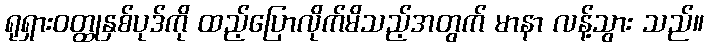
ရုရှားဝတ္ထုနှစ်ပုဒ်ကို ထည့်ပြောလိုက်မိသည့်အတွက် မာနာ လန့်သွား သည်။